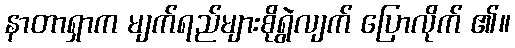
နာတာရှာက မျက်ရည်များစိုရွဲလျက် ပြောလိုက် ၏။